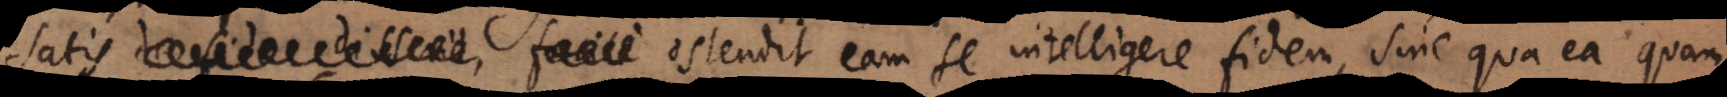
disserit, facile ostendit eam se intelligere fidem, sine qua ea quam